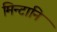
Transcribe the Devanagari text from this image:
मिन्टानि